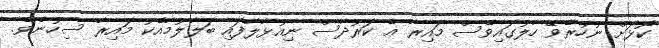
ކޮޅަށް ނުހުރެވޭ ހާލުގައިވެސް މައިރާ އެ ކަރުދާސް ނިއުޅާލާފައި ބަލާލުމާއެކު މައިރާ ސިހުނެވެ.